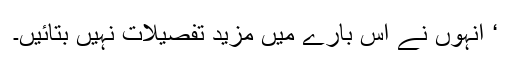
‘ انہوں نے اس بارے میں مزید تفصیلات نہیں بتائیں۔